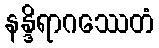
နန္ဒိရာဂဿေတံ